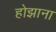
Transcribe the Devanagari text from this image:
होझाना